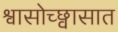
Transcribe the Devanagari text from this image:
श्वासोच्छ्वासात